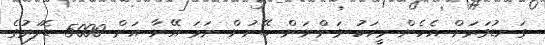
ގަނޑުވަރަށް އެހެން މީހަކު ވަންނަން ބޭނުން ނަމަ އޭނާ އަށް 5000 ޑޮލަރުގެ